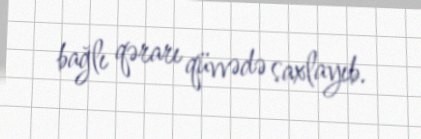
bağlı qərarı qüvvədə saxlayıb.